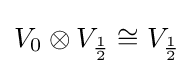
V_{0}\otimes V_{1 \over 2}\cong V_{1 \over 2}